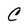
Character: C